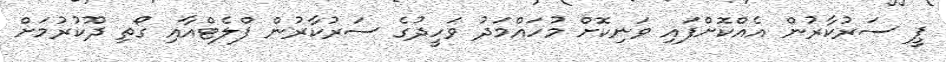
ޕީ ސަރުކާރުން އެއްކޮށްފައި ވަނިކޮށް މުހައްމަދު ވަހީދުގެ ސަރުކާރުން ފްލެޓްއާއި ގޯތި ދޫކުރުމަށް